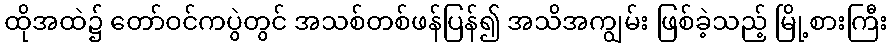
ထိုအထဲ၌ တော်ဝင်ကပွဲတွင် အသစ်တစ်ဖန်ပြန်၍ အသိအကျွမ်း ဖြစ်ခဲ့သည့် မြို့စားကြီး